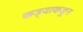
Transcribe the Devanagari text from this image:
कड्याकडून